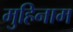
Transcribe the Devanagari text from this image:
मुहिनाम